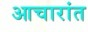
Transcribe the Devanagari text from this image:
आचारांत